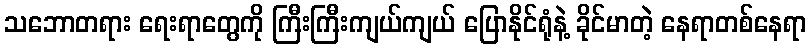
သဘောတရား ရေးရာတွေကို ကြီးကြီးကျယ်ကျယ် ပြောနိုင်ရုံနဲ့ ခိုင်မာတဲ့ နေရာတစ်နေရာ